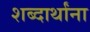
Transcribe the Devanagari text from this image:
शब्दार्थांना